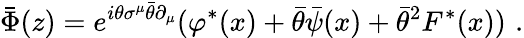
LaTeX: \bar{\Phi}(z)=e^{i\theta\sigma^{\mu}\bar{\theta}\partial_{\mu}}(\varphi^{*}(x)+\bar{\theta}\bar{\psi}(x)+\bar{\theta}^{2}F^{*}(x))\, \, .